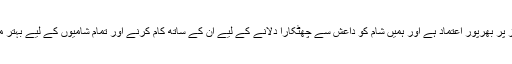
ہمیں اپنی شراکت دار شامی جمہوری فورسز پر بھرپور اعتماد ہے اور ہمیں شام کو داعش سے چھٹکارا دلانے کے لیے ان کے ساتھ کام کرنے اور تمام شامیوں کے لیے بہتر مستقبل کی تعمیر میں مدد دینے پر فخر ہے۔